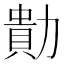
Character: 𭅁